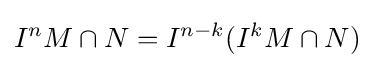
I^{n}M\cap N=I^{n-k}(I^{k}M\cap N)